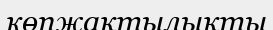
көпжақтылықты